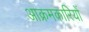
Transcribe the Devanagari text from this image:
आक्रमकारियों